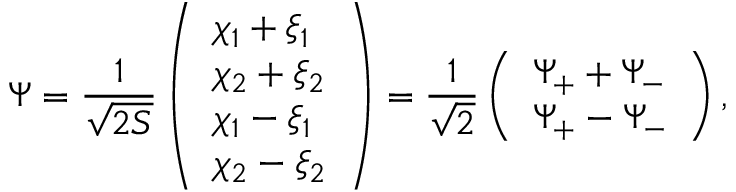
\Psi = \frac { 1 } { \sqrt { 2 S } } \left( \begin{array} { l } { { \chi _ { 1 } + \xi _ { 1 } } } \\ { { \chi _ { 2 } + \xi _ { 2 } } } \\ { { \chi _ { 1 } - \xi _ { 1 } } } \\ { { \chi _ { 2 } - \xi _ { 2 } } } \end{array} \right) = \frac { 1 } { \sqrt { 2 } } \left( \begin{array} { l } { { \Psi _ { + } + \Psi _ { - } } } \\ { { \Psi _ { + } - \Psi _ { - } } } \end{array} \right) ,